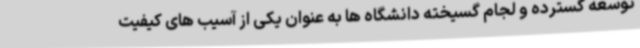
توسعه گسترده و لجام گسیخته دانشگاه ها به عنوان یکی از آسیب های کیفیت